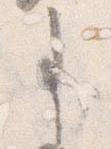
事